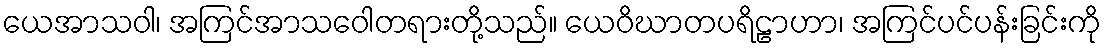
ယေအာသဝါ၊ အကြင်အာသဝေါတရားတို့သည်။ ယေဝိဃာတပရိဠာဟာ၊ အကြင်ပင်ပန်းခြင်းကို